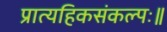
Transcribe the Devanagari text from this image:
प्रात्यहिकसंकल्पः॥